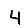
Digit: 4